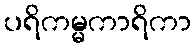
ပရိကမ္မကာရိကာ